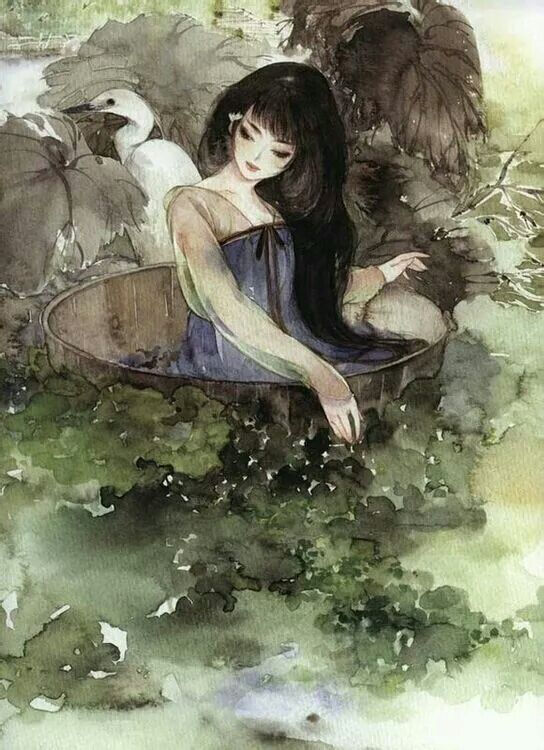
望征路愁迷，离绪难整。